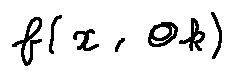
f ( x , \theta _ { k } )